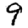
Digit: 9